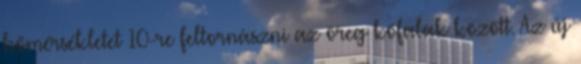
hőmérsékletet 10-re feltornászni az öreg kőfalak között. Az új